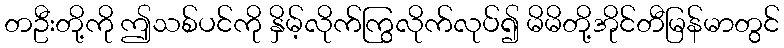
တဦးတို့ကို ဤသစ်ပင်ကို နှိမ့်လိုက်ကြွလိုက်လုပ်၍ မိမိတို့အိုင်တီမြန်မာတွင်